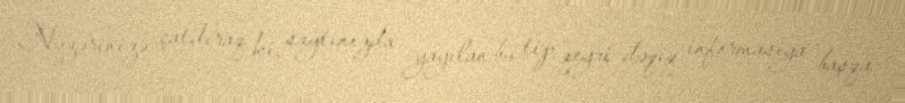
Nəzərinizə çatdıraq ki, saytınızda yayılan bu tip qeyri-dəqiq informasiya başqa